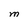
Character: M